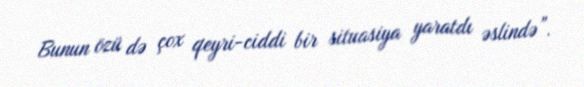
Bunun özü də çox qeyri-ciddi bir situasiya yaratdı əslində”.